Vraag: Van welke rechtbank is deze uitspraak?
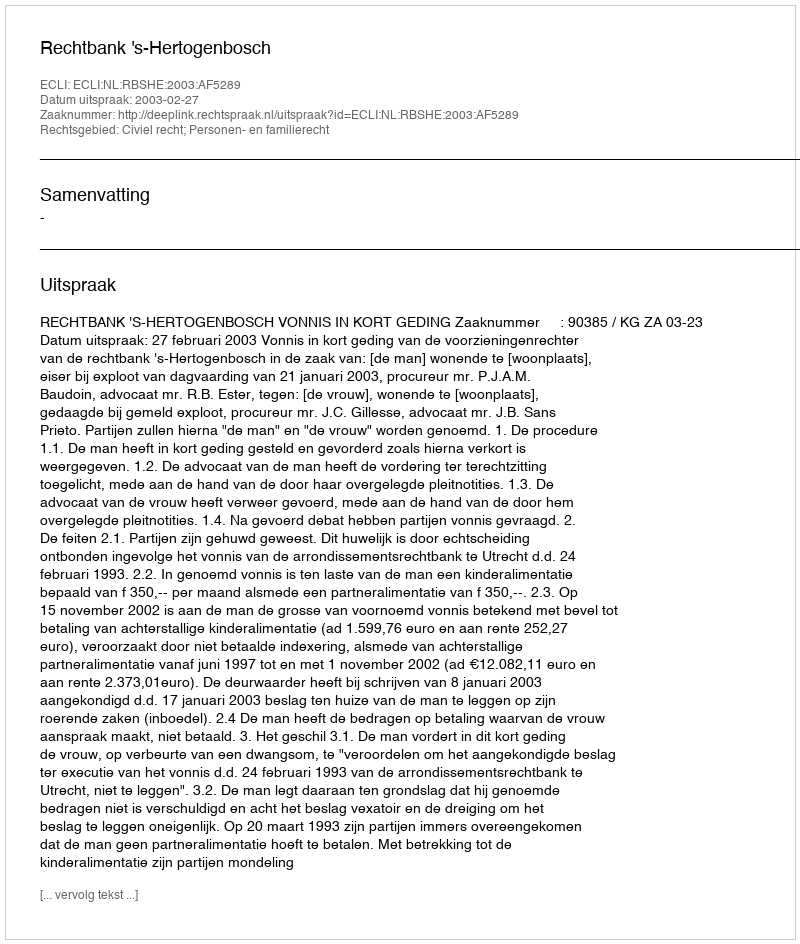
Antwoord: Rechtbank 's-Hertogenbosch